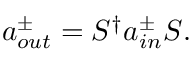
a _ { o u t } ^ { \pm } = S ^ { \dagger } a _ { i n } ^ { \pm } S .